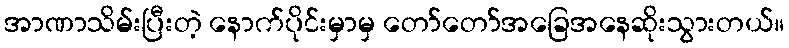
အာဏာသိမ်းပြီးတဲ့ နောက်ပိုင်းမှာမှ တော်တော်အခြေအနေဆိုးသွားတယ်။